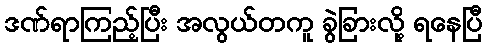
ဒဏ်ရာကြည့်ပြီး အလွယ်တကူ ခွဲခြားလို့ ရနေပြီ